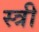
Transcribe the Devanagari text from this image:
स्त्री